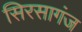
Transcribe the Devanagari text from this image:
सिरसागंज